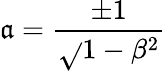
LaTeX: \mathfrak{a}=\frac{{\pm1}}{{\sqrt{}{{1-\beta^{2}}}}}